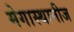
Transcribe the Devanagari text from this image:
मेगास्थानीज